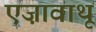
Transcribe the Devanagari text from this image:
एज़ावाथू